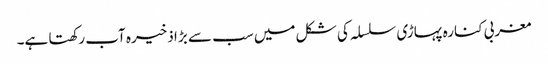
مغربی کنارہ پہاڑی سلسلہ کی شکل میں سب سے بڑا ذخیرہ آب رکھتا ہے۔